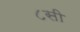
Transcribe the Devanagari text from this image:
८सी